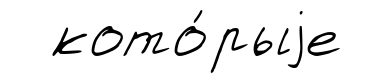
кото́рыjе